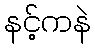
နင့်ကနဲ